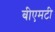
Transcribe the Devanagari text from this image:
बीएमटी